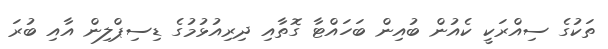
ތަކުގެ ސިއްރަކީ ކެއުން ބުއިން ބަހައްޓާ ގޮތާއި ދިރިއުޅުމުގެ ޑިސިޕްލިން އާއި ބުރަ